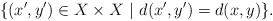
\begin{align*} \{(x',y')\in X\times X\ |\ d(x',y')=d(x,y)\}.\end{align*}